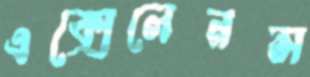
এক্সেলেনস